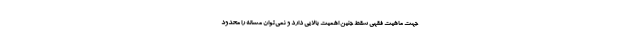
جهت ماهیت فقهی سقط جنین اهمیت بالایی دارد و نمی‌توان مساله را محدود